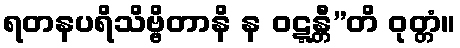
ရတနပရိသိဗ္ဗိတာနိ န ဝဋ္ဋန္တီ”တိ ဝုတ္တံ။